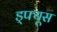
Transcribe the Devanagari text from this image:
ड्फ्यूस